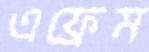
এফ্রেম